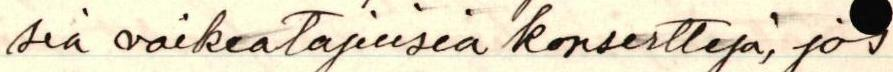
sia vaikeatajuisia konsertteja, jos